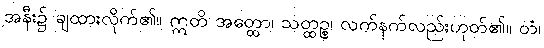
အနီး၌ ချထားလိုက်၏။ ဣတိ အတ္ထော၊ သတ္ထဉ္စ၊ လက်နက်လည်းဟုတ်၏။ တံ၊